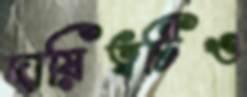
দায়িত্বটিও